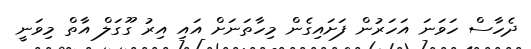
ދެހާސް ހަވަނަ އަހަރުން ފަށައިގެން މިހާތަނަށް އައި އިރު ގޫގަލް އާތް މިވަނީ